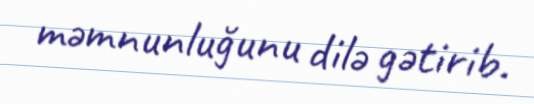
məmnunluğunu dilə gətirib.